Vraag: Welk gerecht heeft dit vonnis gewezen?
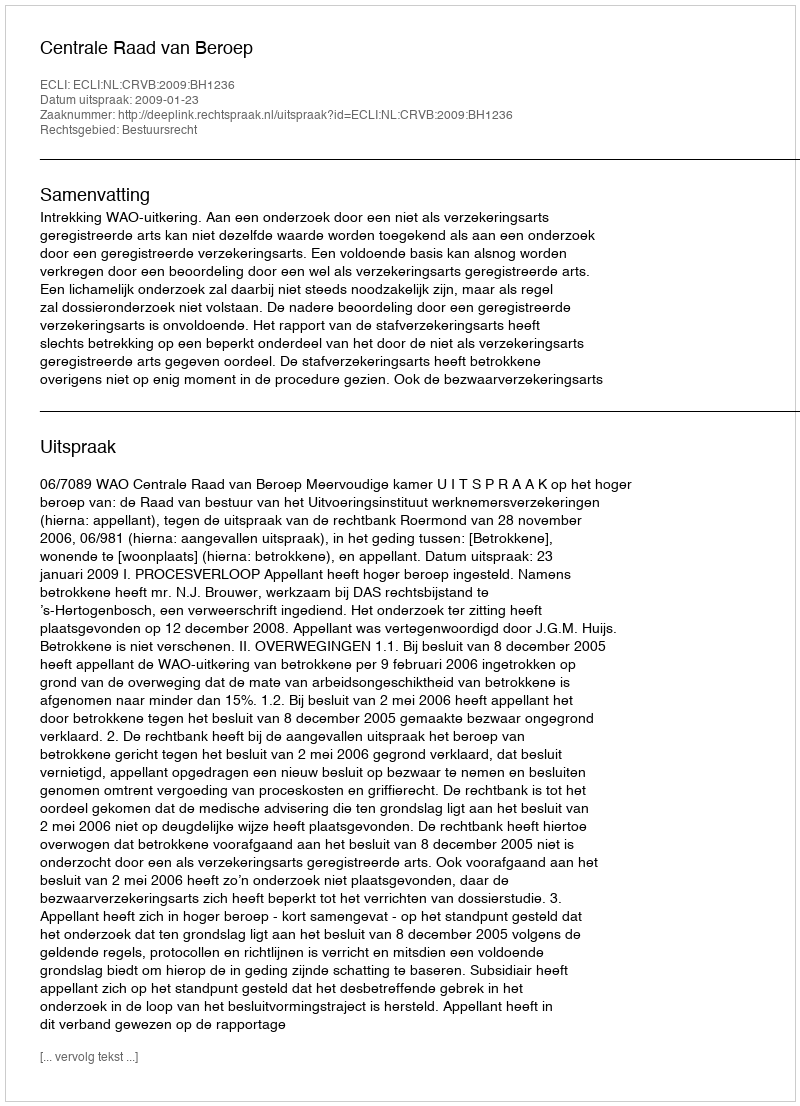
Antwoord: Centrale Raad van Beroep